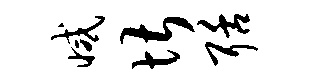
减堪聒